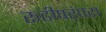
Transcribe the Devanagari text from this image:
रूढीपरंपरा